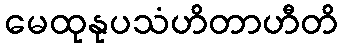
မေထုနုပသံဟိတာဟီတိ